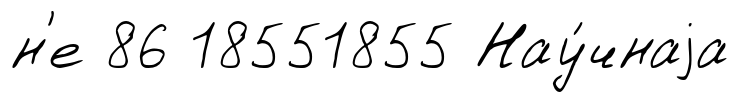
н'е 86 18551855 Нау́чнаjа